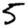
Digit: 5